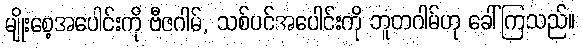
မျိုးစေ့အပေါင်းကို ဗီဇဂါမ်, သစ်ပင်အပေါင်းကို ဘူတဂါမ်ဟု ခေါ်ကြသည်။